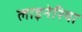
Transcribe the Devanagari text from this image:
लाइनेरिया